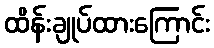
ထိန်းချုပ်ထားကြောင်း